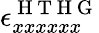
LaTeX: \epsilon_{xxxxxx}^{\mathrm{~H~T~H~G~}}